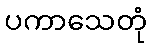
ပကာသေတုံ